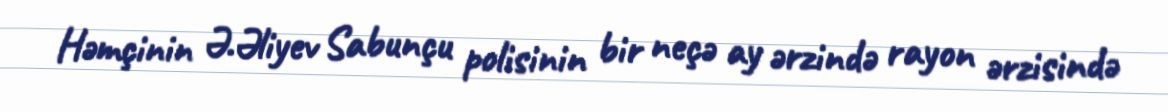
Həmçinin Ə.Əliyev Sabunçu polisinin bir neçə ay ərzində rayon ərzisində